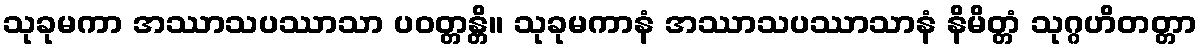
သုခုမကာ အဿာသပဿာသာ ပဝတ္တန္တိ။ သုခုမကာနံ အဿာသပဿာသာနံ နိမိတ္တံ သုဂ္ဂဟိတတ္တာ